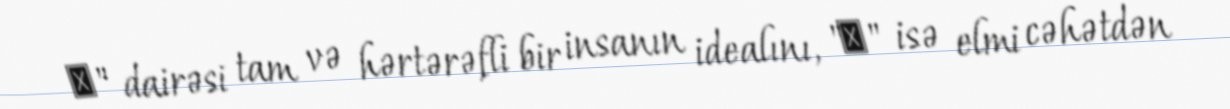
ㅇ" dairəsi tam və hərtərəfli bir insanın idealını, "ㅅ" isə elmi cəhətdən